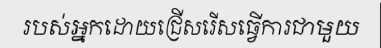
របស់អ្នកដោយជ្រើសរើសធ្វើការជាមួយ